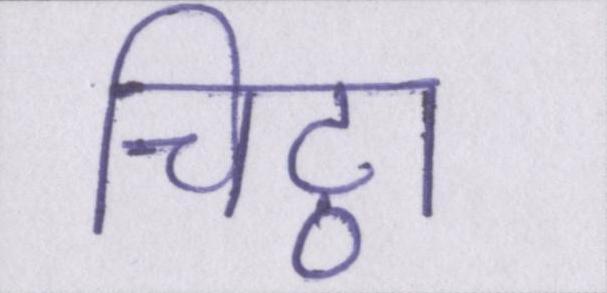
चिट्ठा